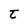
Character: t